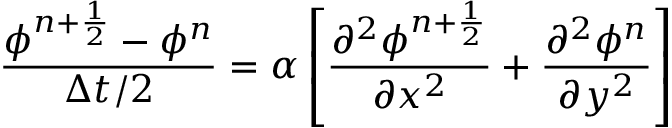
\frac { \phi ^ { n + \frac { 1 } { 2 } } - \phi ^ { n } } { \Delta t / 2 } = \alpha \left[ \frac { \partial ^ { 2 } \phi ^ { n + \frac { 1 } { 2 } } } { \partial x ^ { 2 } } + \frac { \partial ^ { 2 } \phi ^ { n } } { \partial y ^ { 2 } } \right]